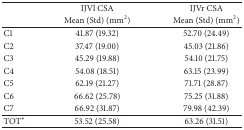
<table><thead><tr><td>[EMPTY_CELL]</td><td><b>IJVl CSA</b></td><td><b>IJVr CSA</b></td></tr><tr><td>[EMPTY_CELL]</td><td><b>Mean (Std) (mm<sup>2</sup>)</b></td><td><b>Mean (Std) (mm<sup>2</sup>)</b></td></tr></thead><tbody><tr><td>C1</td><td>41.87 (19.32)</td><td>52.70 (24.49)</td></tr><tr><td>C2</td><td>37.47 (19.00)</td><td>45.03 (21.86)</td></tr><tr><td>C3</td><td>45.29 (19.88)</td><td>54.10 (21.75)</td></tr><tr><td>C4</td><td>54.08 (18.51)</td><td>63.15 (23.99)</td></tr><tr><td>C5</td><td>62.19 (21.27)</td><td>71.71 (28.87)</td></tr><tr><td>C6</td><td>66.62 (25.78)</td><td>75.25 (31.88)</td></tr><tr><td>C7</td><td>66.92 (31.87)</td><td>79.98 (42.39)</td></tr><tr><td>TOT<sup><i>∗</i></sup></td><td>53.52 (25.58)</td><td>63.26 (31.51)</td></tr></tbody></table>